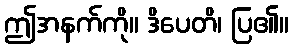
ဤအနက်ကို။ ဒိပေတိ၊ ပြ၏။